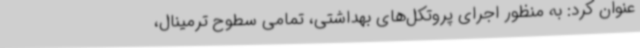
عنوان کرد: به منظور اجرای پروتکل‌های بهداشتی، تمامی سطوح ترمینال،